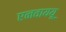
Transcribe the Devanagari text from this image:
एनवाययू